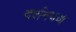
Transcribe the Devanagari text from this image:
दर्शनपण